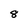
Character: 8